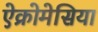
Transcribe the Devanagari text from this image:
ऐक्रोमेसिया